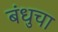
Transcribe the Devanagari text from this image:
बंधुचा